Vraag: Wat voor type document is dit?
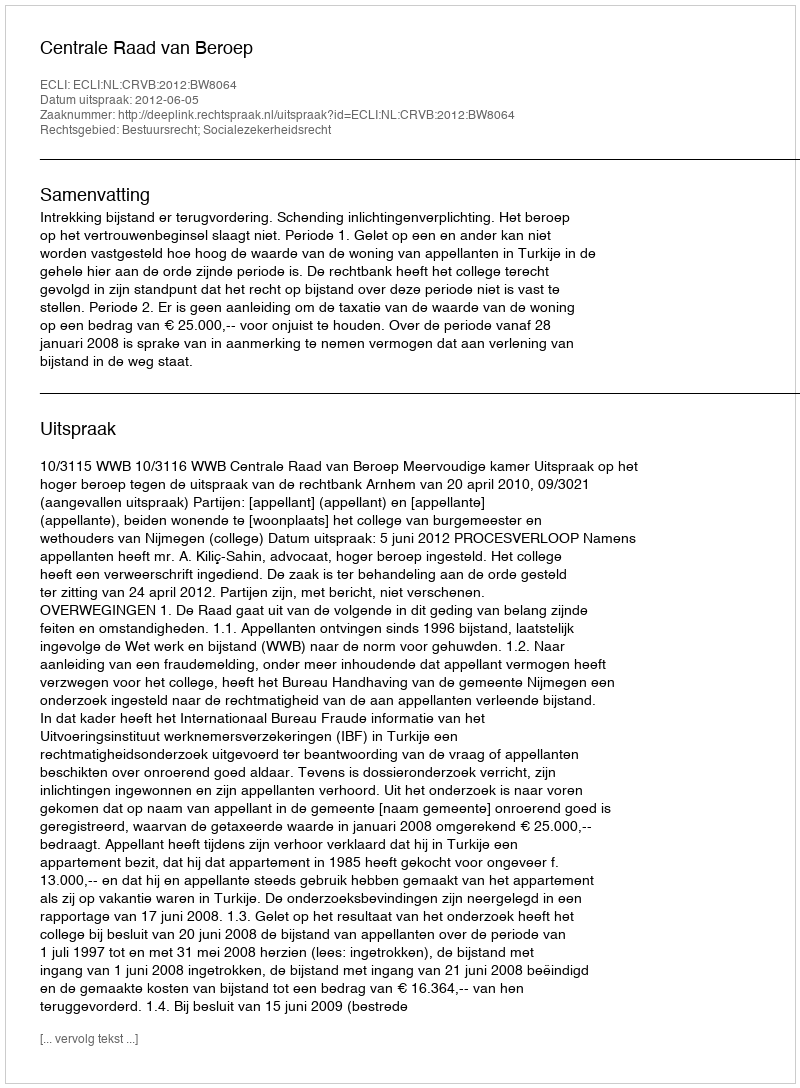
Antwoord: Uitspraak